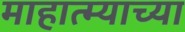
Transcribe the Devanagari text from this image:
माहात्म्याच्या